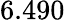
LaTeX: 6.490